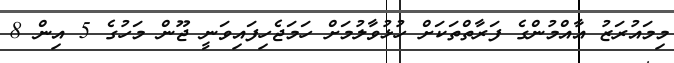
މިމައުރަޒު އާއްމުންގެ ފަރާތްތަކަށް ހުޅުވާލުމަށް ހަމަޖެހިފައިވަނީ ޖޫން މަހުގެ 5 އިން 8